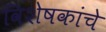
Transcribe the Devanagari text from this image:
विशेषकांचे